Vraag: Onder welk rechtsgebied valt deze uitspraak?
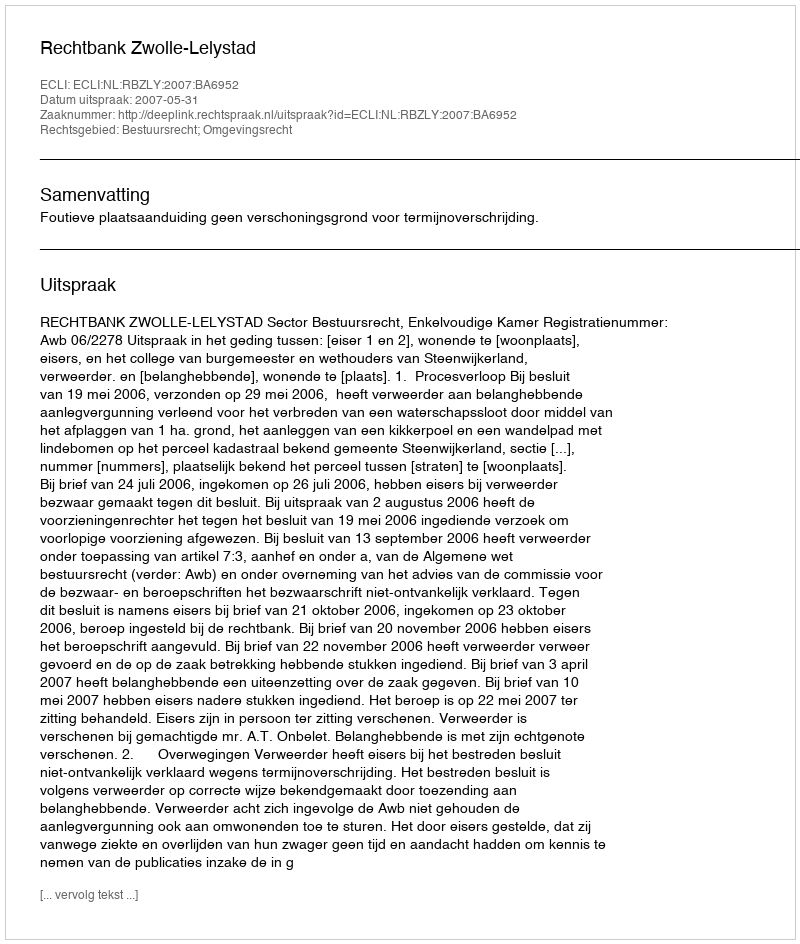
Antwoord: Bestuursrecht; Omgevingsrecht